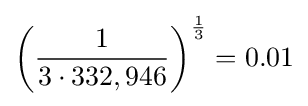
\left({\frac {1}{3\cdot 332,946}}\right)^{\frac {1}{3}}=0.01